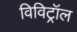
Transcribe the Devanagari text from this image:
विविट्रॉल